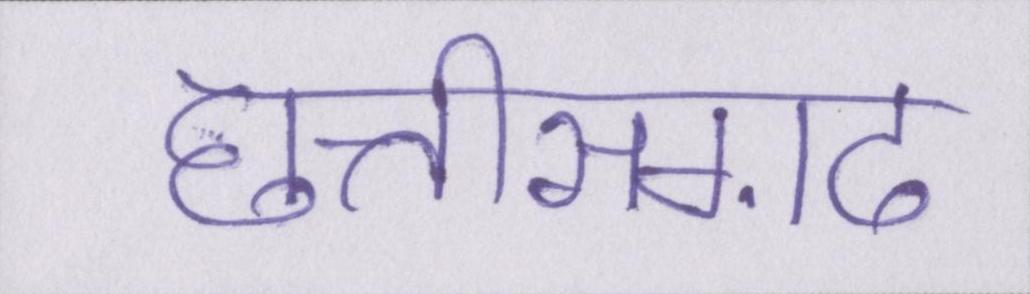
छत्तीसग़ढ